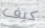
كيف